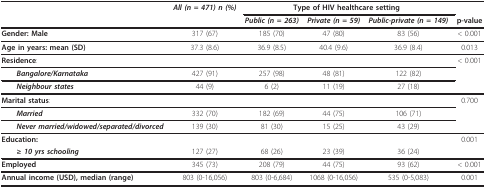
<table><thead><tr><td></td><td><b><i>All (n = 471) n (%)</i></b></td><td colspan="3"><b>Type of HIV healthcare setting</b></td><td></td></tr><tr><td></td><td></td><td><b><i>Public (n = 263)</i></b></td><td><b><i>Private (n = 59)</i></b></td><td><b><i>Public-private (n = 149)</i></b></td><td><b>p-value</b></td></tr></thead><tbody><tr><td><b>Gender: Male</b></td><td>317 (67)</td><td>185 (70)</td><td>47 (80)</td><td>83 (56)</td><td>&lt; 0.001</td></tr><tr><td><b>Age in years: mean (SD)</b></td><td>37.3 (8.6)</td><td>36.9 (8.5)</td><td>40.4 (9.6)</td><td>36.9 (8.4)</td><td>0.013</td></tr><tr><td><b>Residence</b>:</td><td></td><td></td><td></td><td></td><td>&lt; 0.001</td></tr><tr><td> <b><i>Bangalore/Karnataka</i></b></td><td>427 (91)</td><td>257 (98)</td><td>48 (81)</td><td>122 (82)</td><td></td></tr><tr><td> <b><i>Neighbour states</i></b></td><td>44 (9)</td><td>6 (2)</td><td>11 (19)</td><td>27 (18)</td><td></td></tr><tr><td><b>Marital status</b>:</td><td></td><td></td><td></td><td></td><td>0.700</td></tr><tr><td> <b><i>Married</i></b></td><td>332 (70)</td><td>182 (69)</td><td>44 (75)</td><td>106 (71)</td><td></td></tr><tr><td> <b><i>Never married/widowed/separated/divorced</i></b></td><td>139 (30)</td><td>81 (30)</td><td>15 (25)</td><td>43 (29)</td><td></td></tr><tr><td><b>Education:</b></td><td></td><td></td><td></td><td></td><td>0.001</td></tr><tr><td> <b><i>≥ 10 yrs schooling</i></b></td><td>127 (27)</td><td>68 (26)</td><td>23 (39)</td><td>36 (24)</td><td></td></tr><tr><td><b>Employed</b></td><td>345 (73)</td><td>208 (79)</td><td>44 (75)</td><td>93 (62)</td><td>&lt; 0.001</td></tr><tr><td><b>Annual income (USD), median (range)</b></td><td>803 (0-16,056)</td><td>803 (0-6,684)</td><td>1068 (0-16,056)</td><td>535 (0-5,083)</td><td>0.001</td></tr></tbody></table>